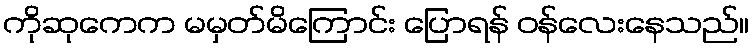
ကိုဆုကေက မမှတ်မိကြောင်း ပြောရန် ဝန်လေးနေသည်။